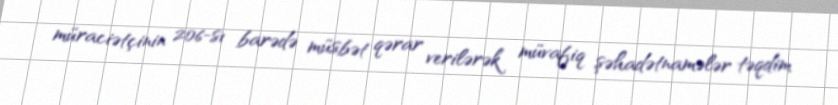
müraciətçinin 206-sı barədə müsbət qərar verilərək müvafiq şəhadətnamələr təqdim